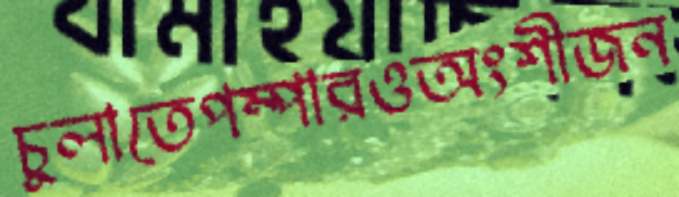
চুলাতেপম্পারওঅংশীজন